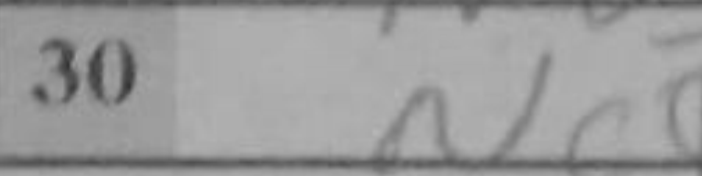
Transcription: Nc5